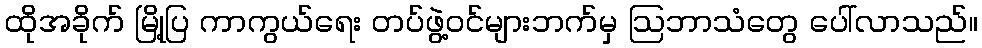
ထိုအခိုက် မြို့ပြ ကာကွယ်ရေး တပ်ဖွဲ့ဝင်များဘက်မှ ဩဘာသံတွေ ပေါ်လာသည်။